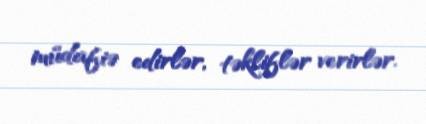
müdafiə edirlər, təkliflər verirlər.